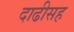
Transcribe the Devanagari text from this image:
दाढीसह